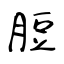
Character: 脰